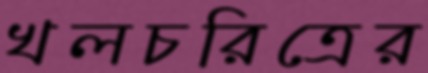
খলচরিত্রের